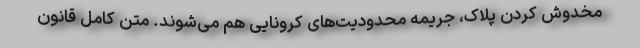
مخدوش کردن پلاک، جریمه محدودیت‌های کرونایی هم می‌شوند. متن کامل قانون